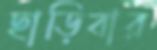
ছাড়িবার